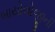
બાયોલોજીની